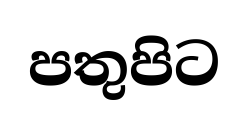
පතුපිට